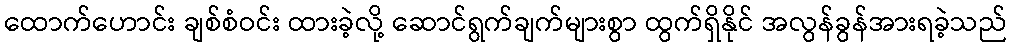
ထောက်ဟောင်း ချစ်စံဝင်း ထားခဲ့လို့ ဆောင်ရွက်ချက်များစွာ ထွက်ရှိနိုင် အလွန်ခွန်အားရခဲ့သည်